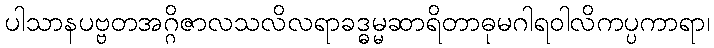
ပါသာနပဗ္ဗတအဂ္ဂိဇာလသလိလရာခဒ္ဓမ္မဆာရိတာဓုမဂါရဝါလိကပ္ပကာရာ၊